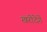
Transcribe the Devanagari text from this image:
खरीदेगें